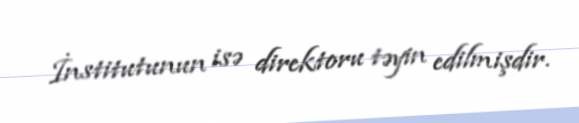
İnstitutunun isə direktoru təyin edilmişdir.